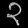
Digit: ၃